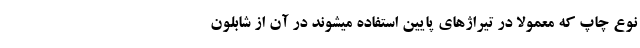
نوع چاپ که معمولا در تیراژهای پایین استفاده میشوند در آن از شابلون